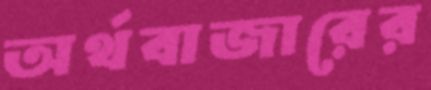
অর্থবাজারের